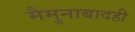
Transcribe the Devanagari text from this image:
मैमुनाबादही